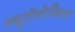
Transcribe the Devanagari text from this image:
न्यूरॉलोजिस्ट